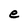
Character: e